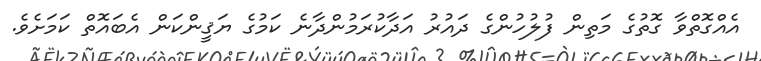
އެއްގޮތްވާ ގޮތުގެ މަތިން ފުލުހުންގެ ދައުރު އަދާކުރަމުންދާނެ ކަމުގެ ޔަޤީންކަން އެބައޮތް ކަމަށެވެ.